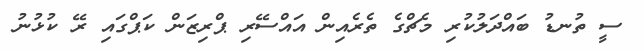
ސީ ތުނޑު ބައްދަލުކުރި މެޗްގެ ތެރެއިން އައްސޭރި ޕްރިޒަން ކަޕްގައި ރޭ ކުޅުނު